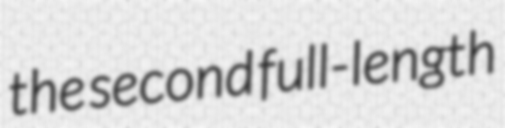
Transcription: the second full-length